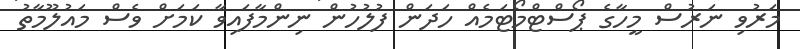
މަރުވި ނަރުސް މީހާގެ ޕޯސްޓްމޯޓަމެއް ހަދަން ފުލުހުން ނިންމާފައިވާ ކަމަށް ވެސް މައުލޫމާތު